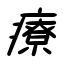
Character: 療